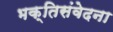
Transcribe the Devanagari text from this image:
भक्तिसंवेदना